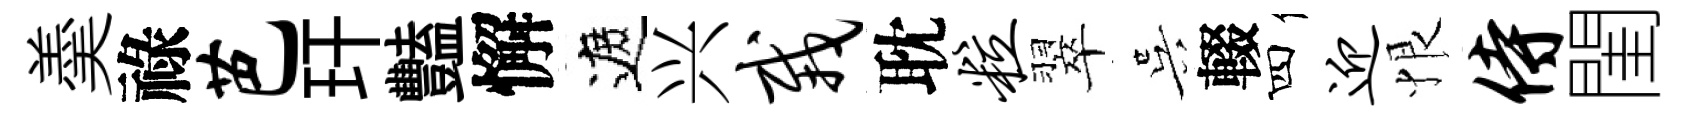
羮祿芭玕豔懈遮兴栽耽粒翠吴輟四迎恨侍閨